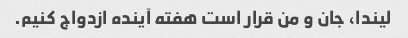
لیندا، جان و من قرار است هفته آینده ازدواج کنیم.